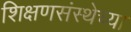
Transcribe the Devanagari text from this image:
शिक्षणसंस्थेच्या